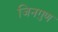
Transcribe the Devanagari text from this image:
जिनगुण